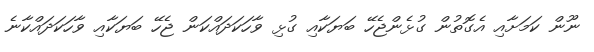
ނޫން ކަމަށާއި އެގޮތުން ގުޅެންޖެހޭ ބަޔަކާއި ގުޅި ވާހަކަދައްކަން ޖެހޭ ބަޔަކާއި ވާހަކަދައްކާނެ